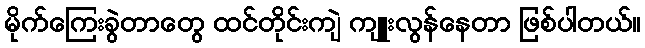
မိုက်ကြေးခွဲတာတွေ ထင်တိုင်းကျဲ ကျူးလွန်နေတာ ဖြစ်ပါတယ်။